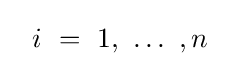
~~i\ =\ 1,\ \ldots \ ,n\